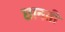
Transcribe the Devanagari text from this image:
छानती